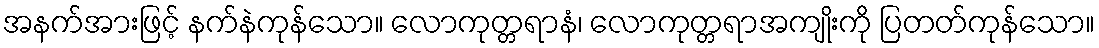
အနက်အားဖြင့် နက်နဲကုန်သော။ လောကုတ္တရာနံ၊ လောကုတ္တရာအကျိုးကို ပြတတ်ကုန်သော။